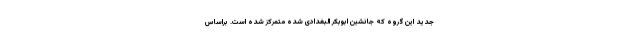
جدید این گروه که جانشین ابوبکر البغدادی شده متمرکز شده است. براساس